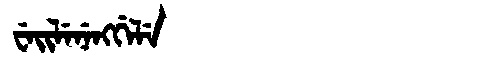
Manchu: ᠸᡝᡳᠯᡝᠨᡝᠩᡤᡝᠯᡝ
Romanization: WEILENENGGELE